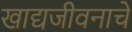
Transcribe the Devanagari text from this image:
खाद्यजीवनाचे